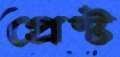
প্রেস্ট